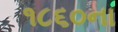
૧૮૬૦ના